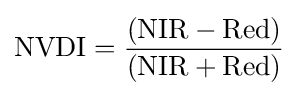
{\text{NVDI}}={({\text{NIR}}-{\text{Red}}) \over ({\text{NIR}}+{\text{Red}})}